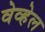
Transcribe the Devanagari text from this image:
वेव्हेल